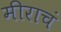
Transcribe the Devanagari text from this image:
मीराचं